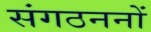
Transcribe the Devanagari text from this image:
संगठननों